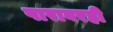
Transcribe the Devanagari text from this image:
पारावरही